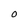
Character: O